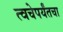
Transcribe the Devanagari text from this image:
त्वचेपर्यंतचा